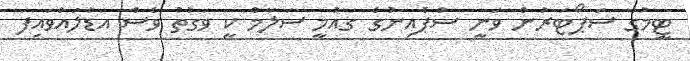
ޓީމުގެ ސަޕޯޓަރުން ވަނީ ސްޕެއިނުގެ ގައުމީ ސަލާމް ކީ ވަގުތު ވެސް އަޑުލައްވައިފަ